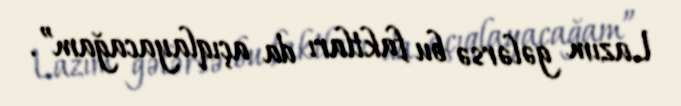
Lazım gələrsə bu faktları da açıqlayacağam”.